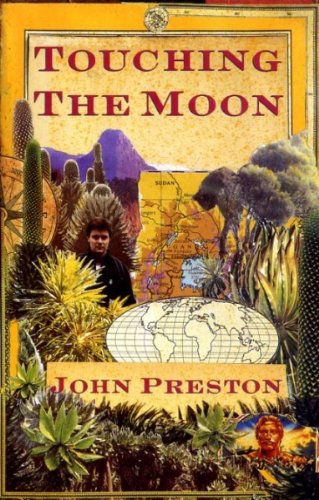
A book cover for Touching the Moon; John Preston; Travel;